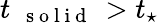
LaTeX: t_{\mathrm{~\textbf~{~s~o~l~i~d~}~}}>t_{\star}